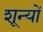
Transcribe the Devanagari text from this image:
शून्यों